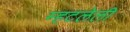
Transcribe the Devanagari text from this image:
म्हटलेली